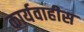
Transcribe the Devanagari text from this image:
कार्यवाहीस